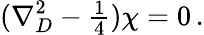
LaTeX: (\nabla_{D}^{2}-{\textstyle\frac{1}{4}})\chi=0\, .